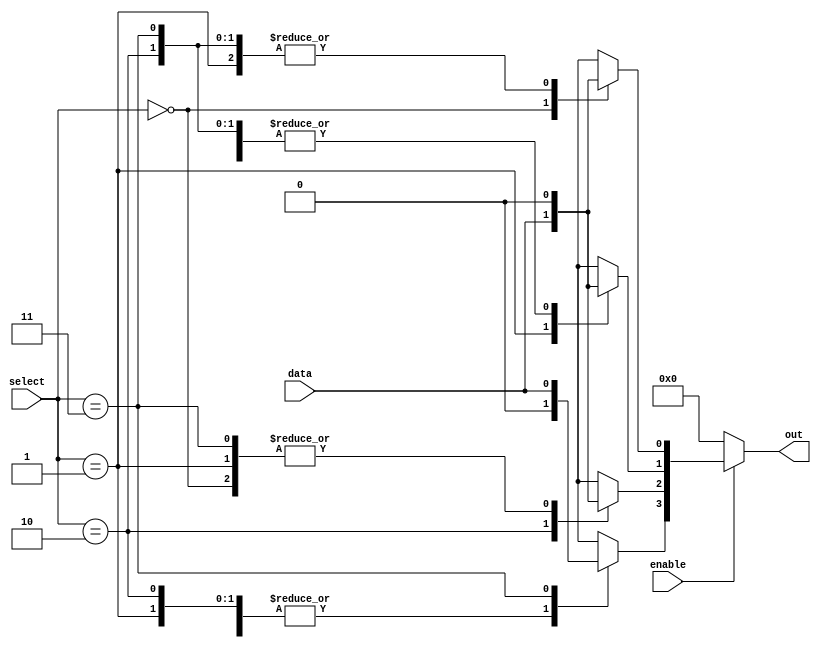
module parameterized_demux #(
    parameter N = 4 // Number of output lines (must be a power of 2)
)(
    input wire data,           // Single data input
    input wire [$clog2(N)-1:0] select, // Select input (log2(N) bits)
    input wire enable,         // Enable signal
    output reg [N-1:0] out     // Output lines (N bits)
);

// Combinatorial logic to implement the demux functionality
always @(*) begin
    // Default all outputs to zero
    out = {N{1'b0}};
    
    // If enabled, activate the selected output line
    if (enable) begin
        case (select)
            0: out[0] = data;
            1: out[1] = data;
            2: out[2] = data;
            3: out[3] = data;
            // Add more cases here if N > 4
            default: out = {N{1'b0}}; // Ensure all outputs are zero for invalid select
        endcase
    end
end

endmodule